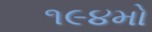
૧૯૪મો